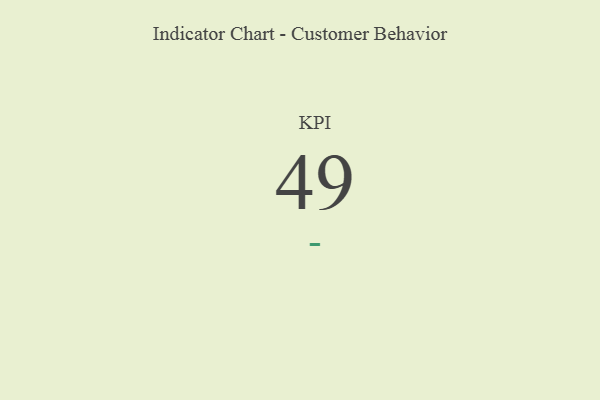
{"axis": {"x": "KPI", "y": "Value"}, "legend": [""], "data": [{"x": "KPI", "y": 49, "type": ""}]}